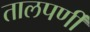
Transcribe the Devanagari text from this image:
तालपर्णी